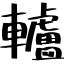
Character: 轤